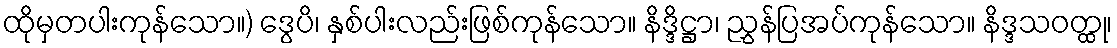
ထိုမှတပါးကုန်သော။) ဒွေပိ၊ နှစ်ပါးလည်းဖြစ်ကုန်သော။ နိဒ္ဒိဋ္ဌာ၊ ညွှန်ပြအပ်ကုန်သော။ နိဒ္ဒသဝတ္ထု၊